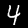
Digit: 4